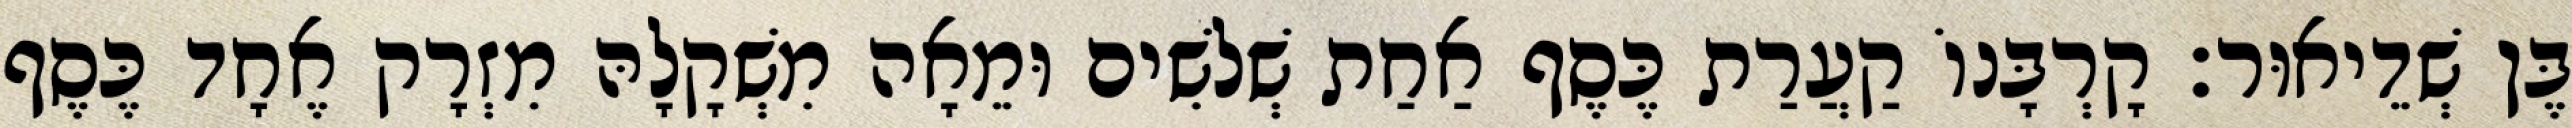
בֶּן שְׁדֵיאוּר׃ קָרְבָּנוֹ קַעֲרַת כֶּסֶף אַחַת שְׁלשִׁים וּמֵאָה מִשְׁקָלָהּ מִזְרָק אֶחָד כֶּסֶף